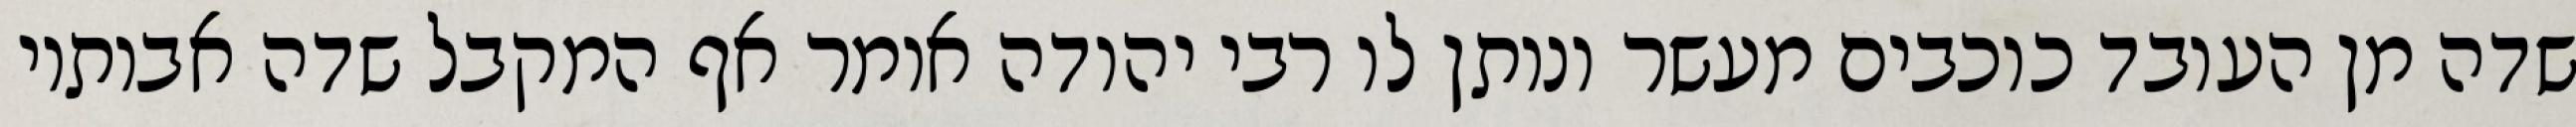
שדה מן העובד כוכבים מעשר ונותן לו רבי יהודה אומר אף המקבל שדה אבותיו